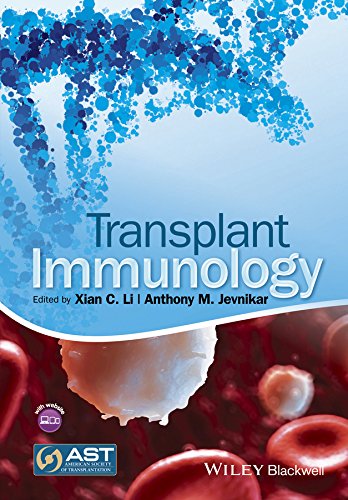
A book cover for Transplant Immunology; Xian C. Li; Health, Fitness & Dieting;